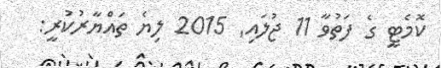
ކޮމެޓީ ގެ ފަތުވާ 11 ޖުލައި